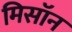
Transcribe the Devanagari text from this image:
मिसॉन